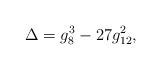
LaTeX: \begin{align*} \Delta = g_8^3 - 27 g_{12}^2,\end{align*}